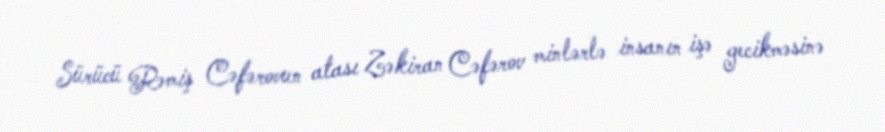
Sürücü Rəmiş Cəfərovun atası Zəkiran Cəfərov minlərlə insanın işə gecikməsinə